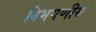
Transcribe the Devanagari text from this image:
विभगणीस